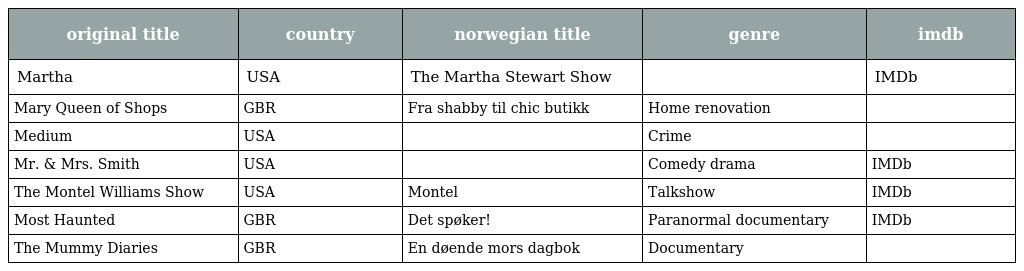
| original title | country | norwegian title | genre | imdb |
 | --- | --- | --- | --- | --- |
 | Martha | USA | The Martha Stewart Show |  | IMDb |
 | Mary Queen of Shops | GBR | Fra shabby til chic butikk | Home renovation |  |
 | Medium | USA |  | Crime |  |
 | Mr. & Mrs. Smith | USA |  | Comedy drama | IMDb |
 | The Montel Williams Show | USA | Montel | Talkshow | IMDb |
 | Most Haunted | GBR | Det spøker! | Paranormal documentary | IMDb |
 | The Mummy Diaries | GBR | En døende mors dagbok | Documentary |  |